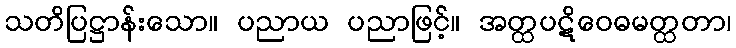
သတိပြဋ္ဌာန်းသော။ ပညာယ ပညာဖြင့်။ အတ္ထပဋိဝေဓမတ္ထတာ၊